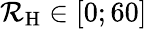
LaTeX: \mathcal{R}_{\mathrm{H}}\in[0;60]~\